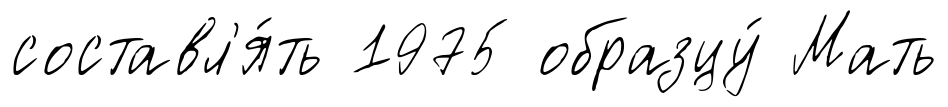
составл'я́ть 1975 образцу́ Мать